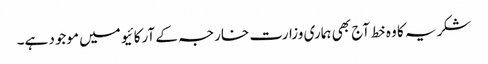
شکریہ کا وہ خط آج بھی ہماری وزارت خارجہ کے آرکائیو میں موجود ہے۔